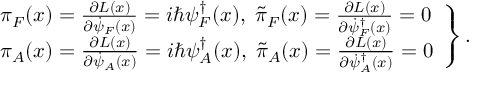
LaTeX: \left. \begin{array} { l } { { \pi _ { F } ( x ) = \frac { \partial { \cal L } ( x ) } { \partial \dot { \psi } _ { F } ( x ) } = i \hbar \psi _ { F } ^ { \dag } ( x ) , \; \tilde { \pi } _ { F } ( x ) = \frac { \partial { \cal L } ( x ) } { \partial \dot { \psi } _ { F } ^ { \dag } ( x ) } = 0 } } \\ { { \pi _ { A } ( x ) = \frac { \partial { \cal L } ( x ) } { \partial \dot { \psi } _ { A } ( x ) } = i \hbar \psi _ { A } ^ { \dag } ( x ) , \; \tilde { \pi } _ { A } ( x ) = \frac { \partial { \cal L } ( x ) } { \partial \dot { \psi } _ { A } ^ { \dag } ( x ) } = 0 } } \end{array} \right\} .